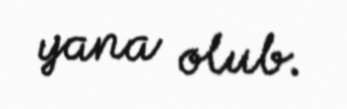
yana olub.